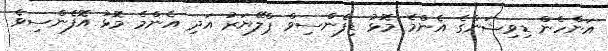
އަންހެން ޑިވިޝަންގެ އެންމެ މޮޅު ޑިފެންސިވް ޕްލޭޔަރު އަދި އެންމެ މޮޅު އޮފެންސިވެ